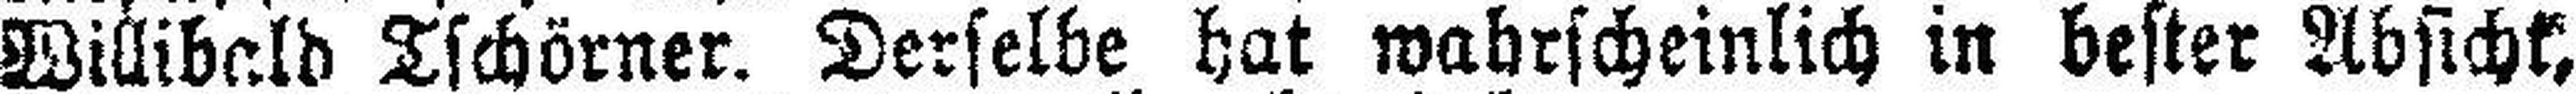
Willibald Tschörner. Derselbe hat wahrscheinlich in bester Absicht,